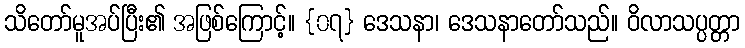
သိတော်မူအပ်ပြီး၏ အဖြစ်ကြောင့်။ {၀၇} ဒေသနာ၊ ဒေသနာတော်သည်။ ဝိလာသပ္ပတ္တာ